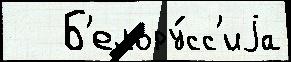
   Б'елору́сс'иjа